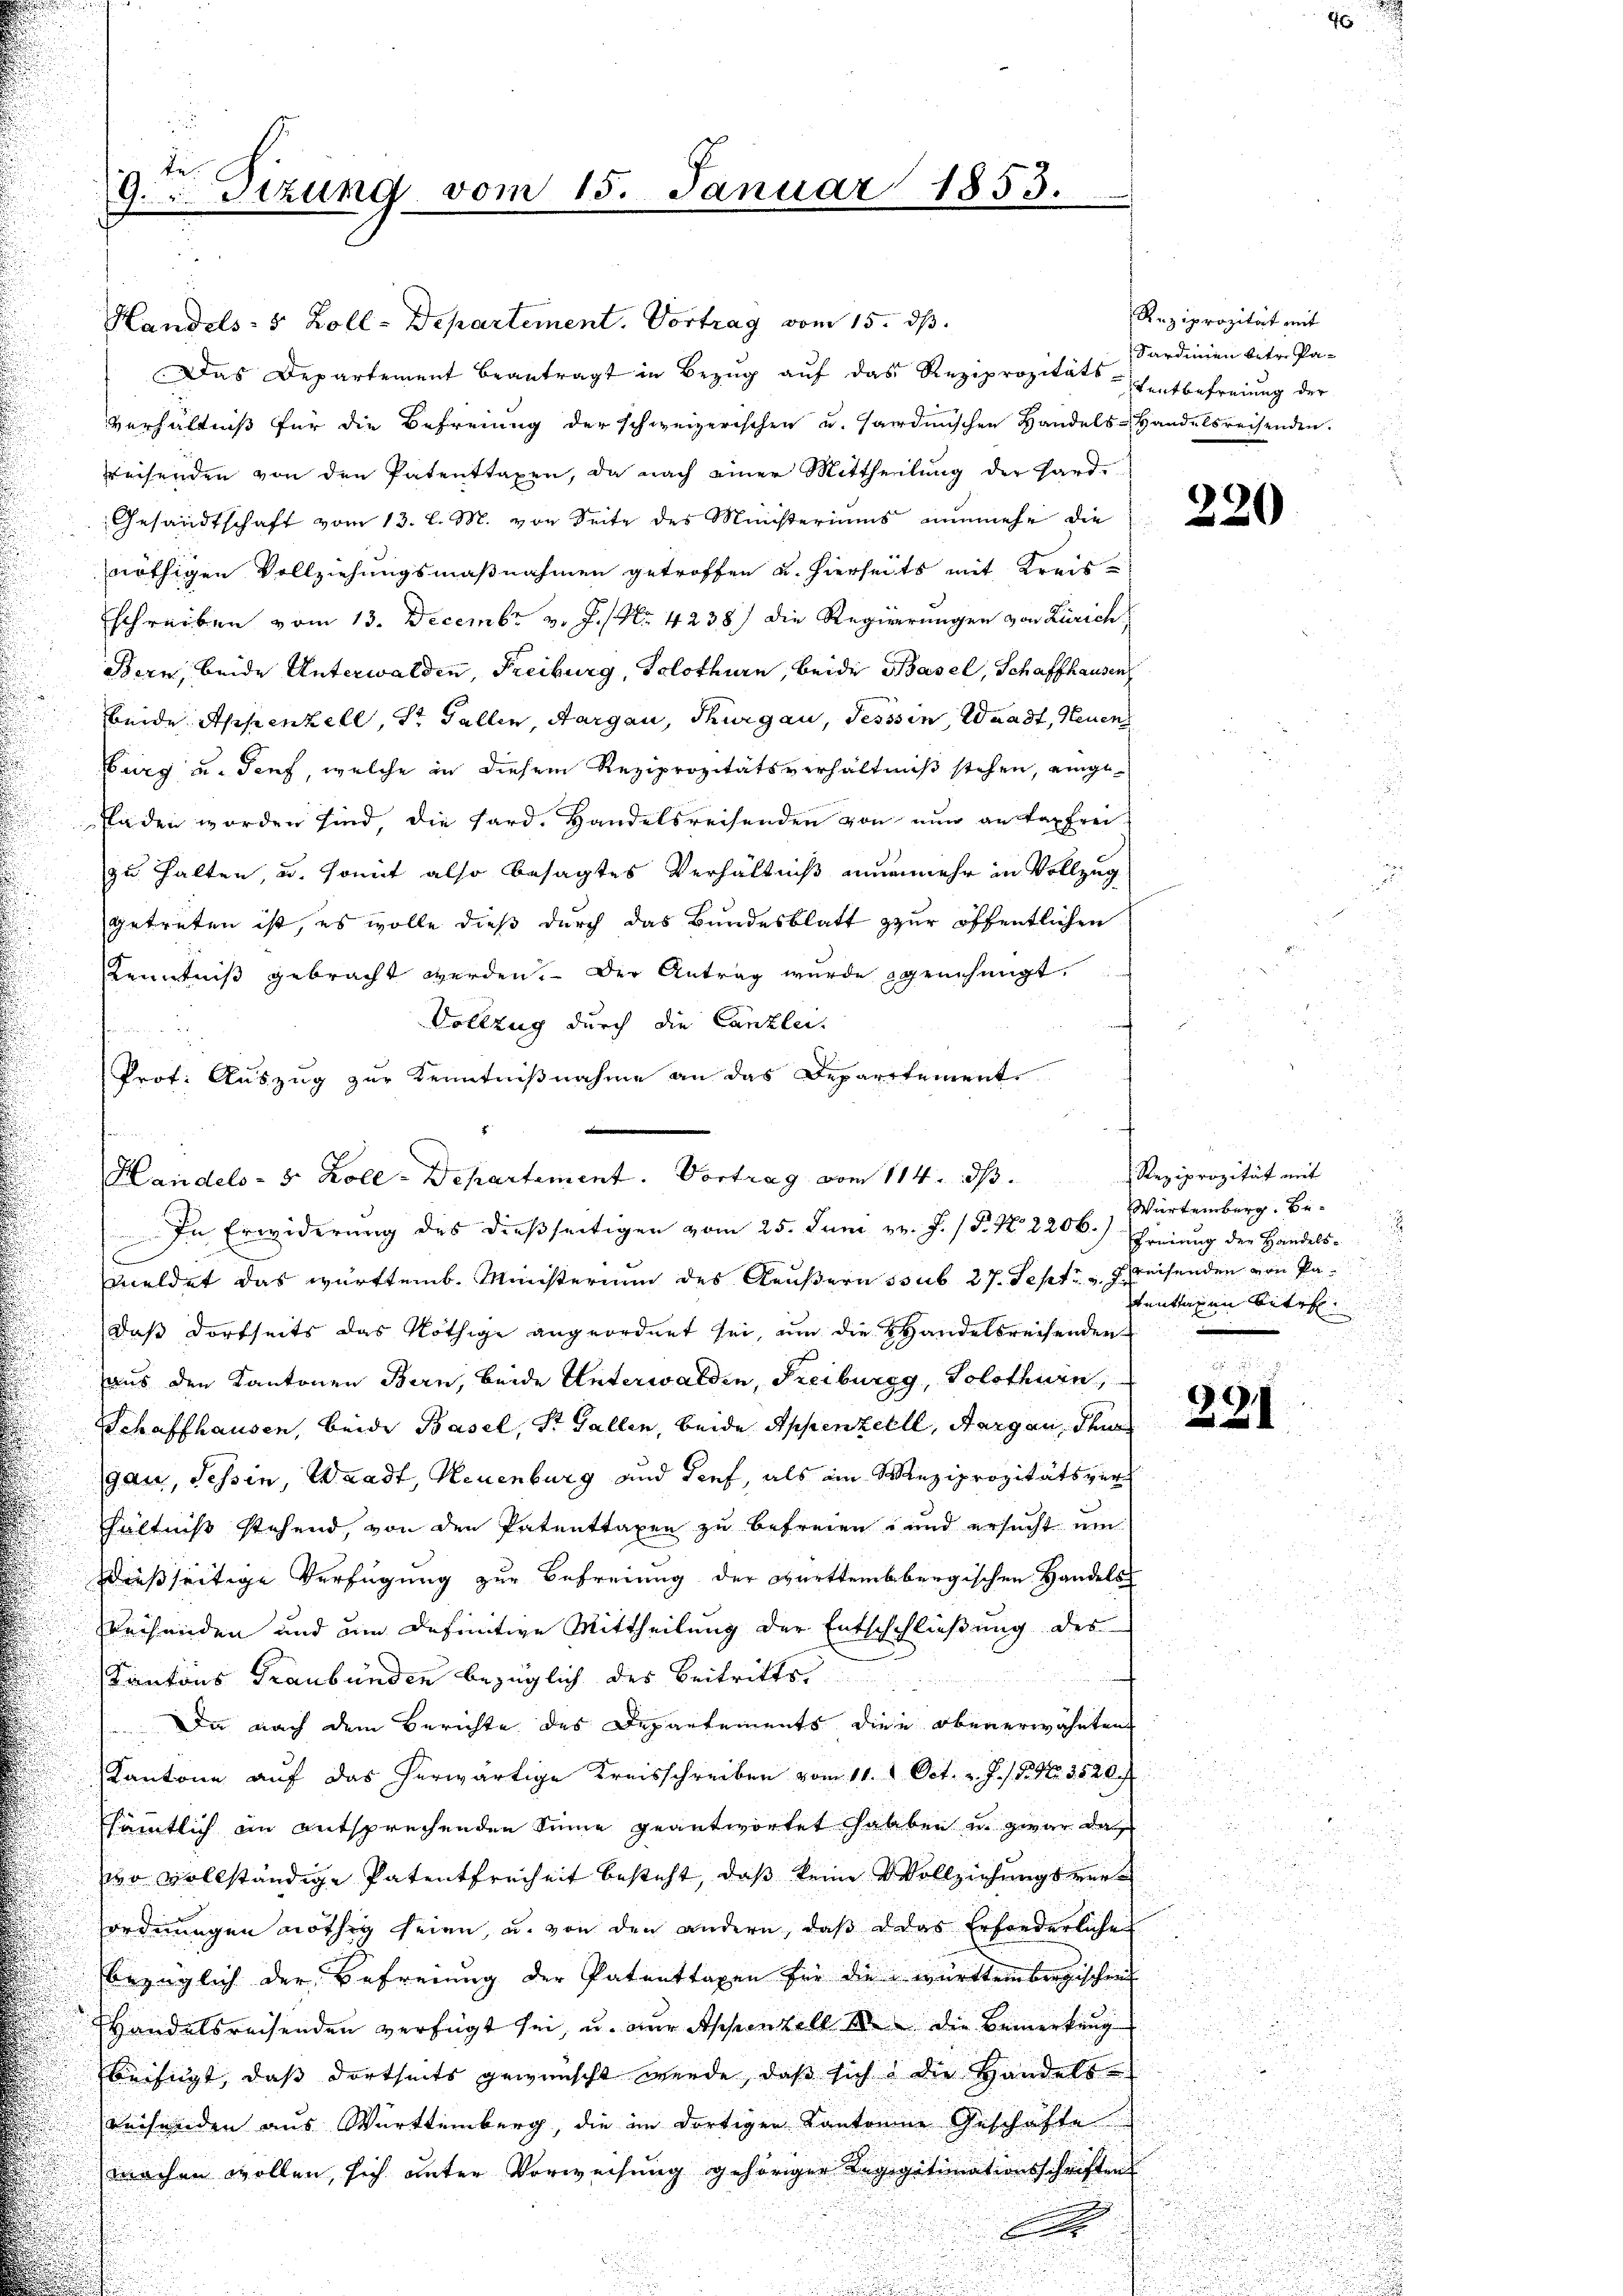
te
9.Tizung vom 15. Januar 1853.

Handels- 5 Zoll-Departement. Vortrag vom 15. ds.
Das Departement beantragt in Bezŭg aŭf das Reziprozitäts-Ventbefreiung der
Verhältniß für die Befreiung der schweizerischen u. Hardmischen Handels- Handelsreisenden.
weisenden von den Patenttaxen, da nach einer Mittheilung der Hard-
Gesandtschaft vom 13. l. M. von Seite des Ministeriums nunmehr die
nöthigen Vollziehungsmaßnahmen getroffen u. hierseits mit Kreisschreiben vom 13. Decembr v. J. No. 4238) die Regierungen von Zürich
Bern, beide Unterwalden, Freiburg, Solothurn, beide Basel, Schaffhausen
beide Appenzell, der Fallen, Aargau, Thurgau, Tessin, Waadt, Neuen
burg u. Torf, welche in diesem Reziprozitätsverhältniß stehen, eingefladen worden sind, die hard. Handelsreisenden von nŭn an das frei
zu halten, u. somit also besagtes Verhältniß nunmehr in Vollzug
getreten ist, es wolle dieß durch das Bundesblatt zur öffentlichen
Kenntniß gebracht werden. Der Antrag wurde genehmigt.
Vollzug durch die Canzlei-
Prof. Auszug zur Kenntnißnahme an das Departement
meldet das württemb. Ministerium des Aeußern sub 27. Sept eisenden von Padaß dortseits das Nöthige angeordnet sei, um die Handelsreisenden
aus den Kantonen Bern, beide Unterwalden, Freiburgg, Solothurn,
Schaffhausen, beide Basel, St. Gallen, beide Appenzell, Sorgen, da
gau, Tessin, Waadt, Neuenburg und Tief, als ein Winziprozitätsverhhältniß stehend, von den Patenttaxen zu befreien, und ersucht um
Dießseitige Verfügung zur Befreiung der württembergischen Handels
Reisenden und um definitive Mittheilung der Entschchließung des
Kantons Graubünden bezüglich des Beitritte
 Da nach dem Berichte des Departements die obenerwähnten
Kantone auf das herwärtige Kreisschreiben vom 11. Oct. v. J. s. S. Nr. 1520 f.
Esämtlich in entsprechenden Sinne geantwortet haben u. zwar da
wo vollständige Patentfreiheit besteht, daß keine Vollziehungsverordnungen nöthig seien, u. von den andern, daß das Erforderliche
bezüglich der Befreiung der Patenttaxen für die württembergischen
Handelsreisenden verfügt sei, u. nur Appenzell an die Bemerkung
beifügt, daß dortseits gewünscht werde, daß sich die Handels-
Bechenden aus Württemberg, die im dortigen Kantonene Geschäfte
machen wollen, sich unter Vorweisung gehöriger Regigitimationsschriftens
.

Handels- & Zoll-Departement. Vortrag vom 114. ds.
In Erwiderung des dießseitigen vom 25. Juni v. J. P. No 8206.) Freiung der Handels-

Reziprozität mit
Sardinien betr. Pa¬

320

Reziprozität mit
Würtemberg. Be-
¬
tentragen Betr

.
24